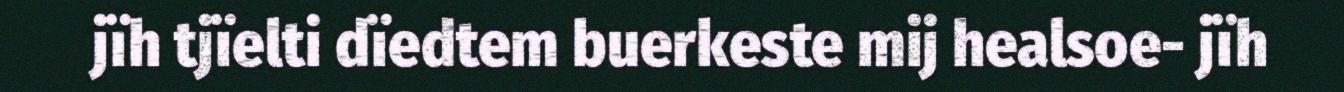
jïh tjïelti dïedtem buerkeste mij healsoe- jïh